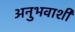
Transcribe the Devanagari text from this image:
अनुभवाशी